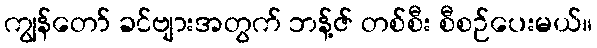
ကျွန်တော် ခင်ဗျားအတွက် ဘန့်ဇ် တစ်စီး စီစဉ်ပေးမယ်။